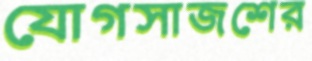
যোগসাজশের